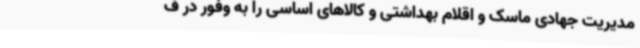
مدیریت جهادی ماسک و اقلام بهداشتی و کالاهای اساسی را به وفور در ف